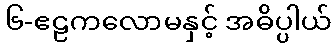
၆-ဧဠကလောမနှင့် အဓိပ္ပါယ်